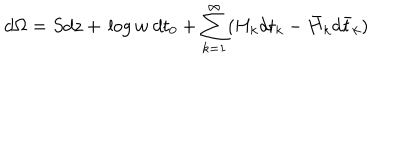
d \Omega = S d z + \, \mathrm { l o g } \, w \ d t _ { 0 } + \sum _ { k = 1 } ^ { \infty } ( H _ { k } d t _ { k } - \bar { H } _ { k } d \bar { t } _ { k } )